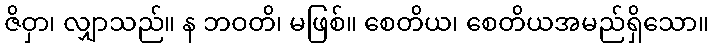
ဇိဝှာ၊ လျှာသည်။ န ဘဝတိ၊ မဖြစ်။ စေတိယ၊ စေတိယအမည်ရှိသော။